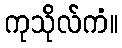
ကုသိုလ်ကံ။